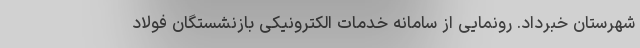
شهرستان خبرداد. رونمایی از سامانه خدمات الکترونیکی بازنشستگان فولاد